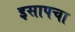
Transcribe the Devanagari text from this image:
इसापचा